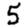
Digit: 5